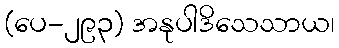
(ပေ-၂၉၃) အနုပါဒိသေသာယ၊